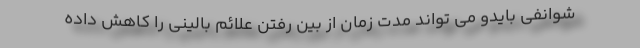
شوانفی بایدو می تواند مدت زمان از بین رفتن علائم بالینی را کاهش داده